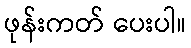
ဖုန်းကတ် ပေးပါ။